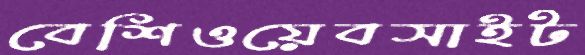
বেশিওয়েবসাইট